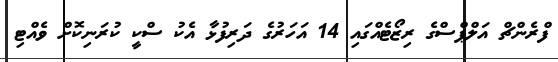
ފްރެންޗް އަލްޕްސްގެ ރިޒޯޓެއްގައި 14 އަހަރުގެ ދަރިފުޅާ އެކު ސްކީ ކުރަނިކޮށް ވެއްޓި